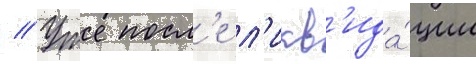
// Уже посл'е л'икв'ида́ции